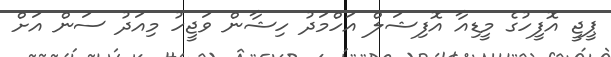
ޕީޖީ އޮފީހުގެ މީޑިއާ އޮފިޝަލް އަހްމަދު ހިޝާން ވަޖީހު މިއަދު ސަން އަށް